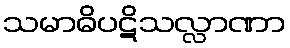
သမာဓိပဋိသလ္လာဏာ